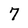
Character: 7